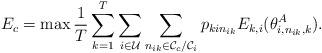
LaTeX: \begin{align*}\setlength{\abovedisplayskip}{4 pt}\setlength{\belowdisplayskip}{4 pt}E_{c}=\max\frac{1}{{{T }}}\sum\limits_{k = 1}^{{T }}\sum\limits_{i \in \mathcal{U}}\sum\limits_{n_{ik} \in {{{\mathcal{C}_c}} \mathord{\left/ {\vphantom {{{C_c}} {{C_k}}}} \right. \kern-\nulldelimiterspace} {{\mathcal{C}_i}}}} {{{p_{kin_{ik}}}E_{k,i}(\theta _{i,n_{ik},k}^A)} }.\end{align*}